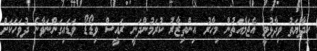
ހިދާޔަތު ވިދާޅުވީ އެޖަމާއަތުން މިހާރު އިންތިޒާރު ކުރަމުންދަނީ ރައީސް ވިޑޯޑޯ ވަޑައިގަންނަވާނެ ދުވަހަކަށް